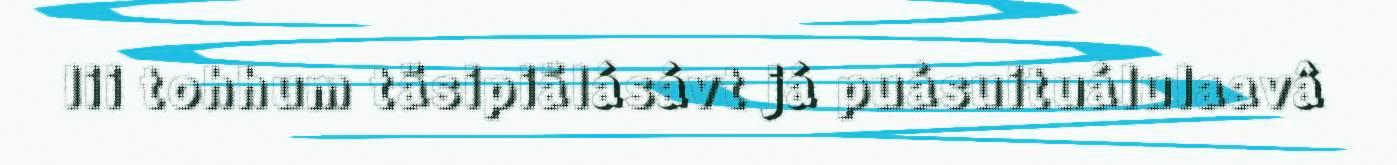
lii tohhum täsipiälásávt já puásuituálulaavâ